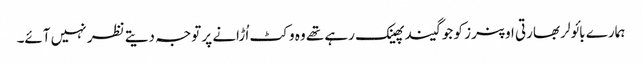
ہمارے بائولر بھارتی اوپنرز کو جو گیند پھینک رہے تھے وہ وکٹ اُڑانے پر توجہ دیتے نظر نہیں آئے۔